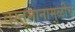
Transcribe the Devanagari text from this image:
वस्तूमानामुळींच